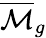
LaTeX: {\overline{{\mathcal{M}}}}_{g}